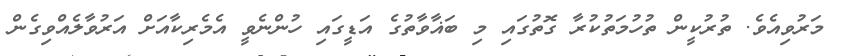
މަރުވިއެވެ. ތުރުކީން ތުހުމަތުކުރާ ގޮތުގައި މި ބަޣާވާތުގެ އަޑީގައި ހުންނެވީ އެމެރިކާއަށް އަރުވާލެއްވިގެން